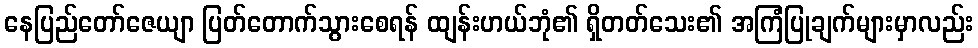
နေပြည်တော်ဇေယျာ ပြတ်တောက်သွားစေရန် ထျန်းဟယ်ဘုံ၏ ရှိတတ်သေး၏ အကြံပြုချက်များမှာလည်း